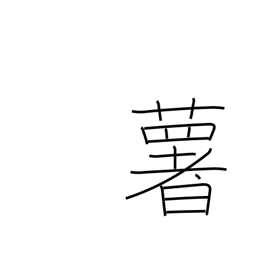
Meaning: potato